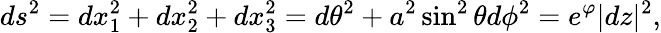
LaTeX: ds^{2}=dx_{1}^{2}+dx_{2}^{2}+dx_{3}^{2}=d\theta^{2}+a^{2}\sin^{2}\theta d\phi^{2}=e^{\varphi}|dz|^{2},